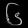
Digit: ၆